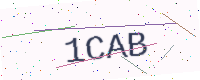
Text: 1CAB